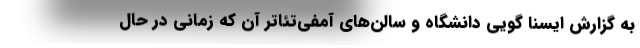
به گزارش ایسنا گویی دانشگاه و سالن‌های آمفی‌تئاتر آن که زمانی در حال